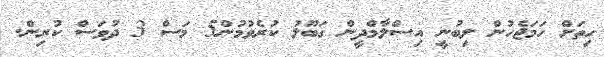
ހިތަށް ހަމަޖެހުން ލިބުނީ އިސްލާމްދީން ގަބޫލު ކުރެވުމުން5 މަސް 3 ދުވަސް ކުރިން.